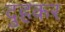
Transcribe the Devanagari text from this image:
दुहकर